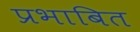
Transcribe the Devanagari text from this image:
प्रभाबित